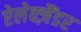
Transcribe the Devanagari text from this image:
ऐलेक्ज़ैंडर